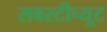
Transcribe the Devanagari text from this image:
सबस्टीच्यूट